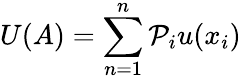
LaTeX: U(A)=\sum_{n=1}^{n}\mathcal{P}_{i}u(x_{i})